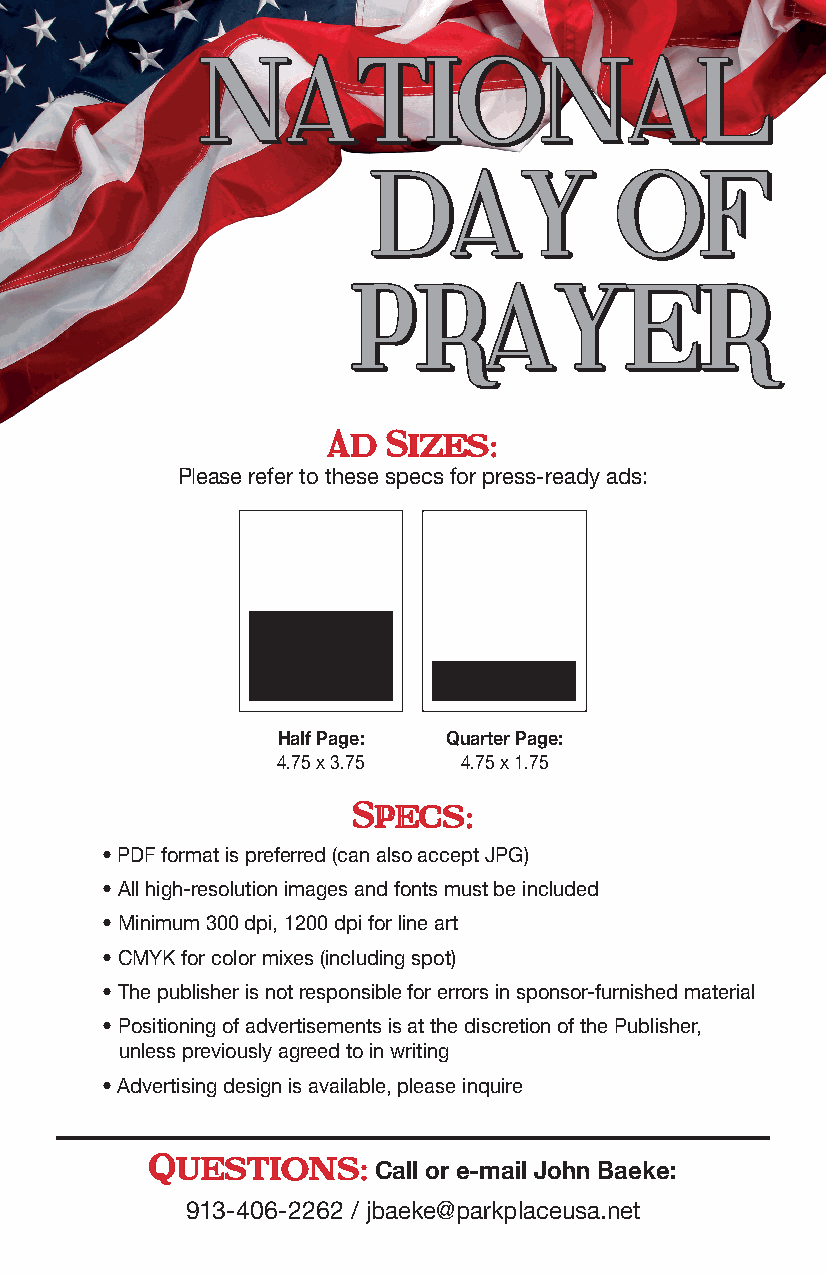
NNAATTIIOONNAALL
 DDAAYY          OOFF
 PPRRAAYYEERR
 Ad  Sizes:
 Please refer to these specs for press-ready ads:
 Half Page: Quarter Page:
 4.75 x 3.75 4.75 x 1.75
 Specs:
 • PDF format is preferred (can also accept JPG)
 • All high-resolution images and fonts must be included
 • Minimum 300 dpi, 1200 dpi for line art
 • CMYK for color mixes (including spot)
 • The publisher is not responsible for errors in sponsor-furnished material
 • Positioning of advertisements is at the discretion of the Publisher,
 unless previously agreed to in writing
 • Advertising design is available, please inquire
 Questions:
 Call or e-mail John Baeke:
 913-406-2262 / jbaeke@parkplaceusa.net